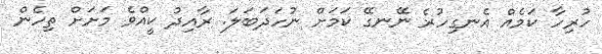
ހުރިހާ ކަމެއް އެނގިހުރެ ނޭނގޭ ކަމަށް ނުހަދަބަލަ. ރާއިދު ކީއްވެ މަށަށް ތިހެން